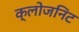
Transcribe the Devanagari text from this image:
क्लोजनिट